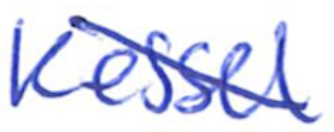
Text: Kessel
Cross-out: diagonal
Writing tool: ballpoint